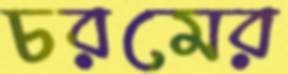
চরমের